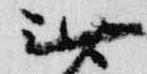
無